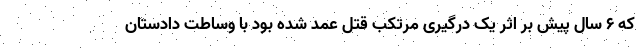
که ۶ سال پیش بر اثر یک درگیری مرتکب قتل عمد شده بود با وساطت دادستان